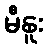
မီနူး